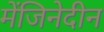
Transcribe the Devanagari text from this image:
मेंजिनेदीन